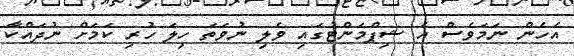
އެހެން ނަމަވެސް އެ ޝިޕްމަންޓުގައި ވެލި ނުވަތަ ހިލަ ހުރި ކަމަށް ނުދައްކާ